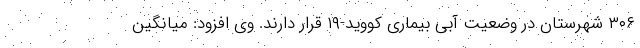
۳۰۶ شهرستان در وضعیت آبی بیماری کووید-۱۹ قرار دارند. وی افزود: میانگین